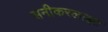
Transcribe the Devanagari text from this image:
सनीकरलाइट